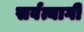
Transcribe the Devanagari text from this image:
सर्वत्यागी